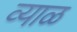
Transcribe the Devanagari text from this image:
व्याळ